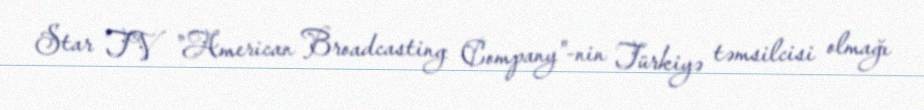
Star TV "American Broadcasting Company"-nin Türkiyə təmsilcisi olmağı